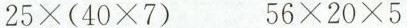
$$2 5 \times ( 4 0 \times 7 )$$ $$5 6 \times